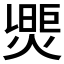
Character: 𤌮